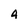
Character: 4